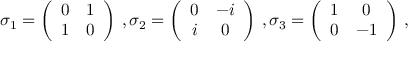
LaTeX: \sigma _ { 1 } = \left( \begin{array} { c c } { { 0 } } & { { 1 } } \\ { { 1 } } & { { 0 } } \end{array} \right) \, , \sigma _ { 2 } = \left( \begin{array} { c c } { { 0 } } & { { - i } } \\ { { i } } & { { 0 } } \end{array} \right) \, , \sigma _ { 3 } = \left( \begin{array} { c c } { { 1 } } & { { 0 } } \\ { { 0 } } & { { - 1 } } \end{array} \right) \, ,